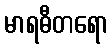
မာရဓီတရော